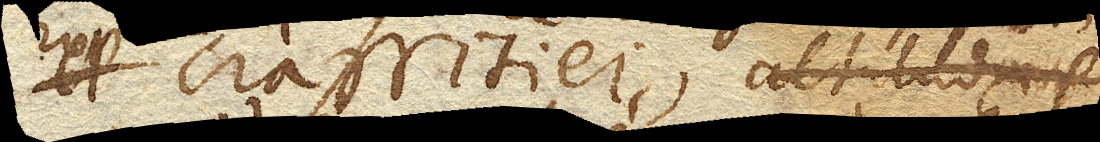
crassitiei, altitudinis